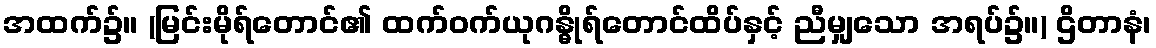
အထက်၌။ (မြင်းမိုရ်တောင်၏ ထက်ဝက်ယုဂန္ဓိုရ်တောင်ထိပ်နှင့် ညီမျှသော အရပ်၌။) ဌိတာနံ၊